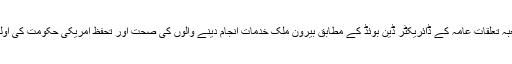
سی آئی اے کے شعبہ تعلقات عامہ کے ڈائریکٹر ڈین بوئڈ کے مطابق بیرون ملک خدمات انجام دینے والوں کی صحت اور تحفظ امریکی حکومت کی اولین ترجیح ہوتی ہے۔